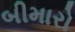
બીમારો